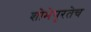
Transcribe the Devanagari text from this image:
शोभेपुरतेच